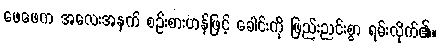
ဖေဖေက အလေးအနက် စဉ်းစားဟန်ဖြင့် ခေါင်းကို ဖြည်းညင်းစွာ ရမ်းလိုက်၏။